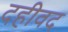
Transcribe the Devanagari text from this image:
दहीवद